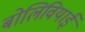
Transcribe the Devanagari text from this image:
बोलिवियाई